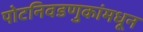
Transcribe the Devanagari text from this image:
पोटनिवडणुकांमधून